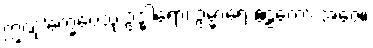
ဣဏု’က္ခေပေသု ဥဒ္ဓါရော၊ ဥမ္မာရေ ဧဠကော အဇေ။